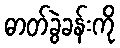
ဓာတ်ခွဲခန်းကို